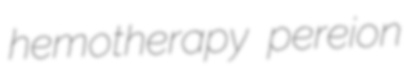
hemotherapy pereion